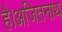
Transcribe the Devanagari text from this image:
है।अजितनाथ